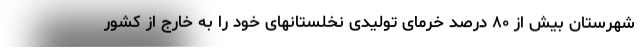
شهرستان بیش از ٨٠ درصد خرمای تولیدی نخلستانهای خود را به خارج از کشور